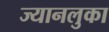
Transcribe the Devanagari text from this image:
ज्यानलुका